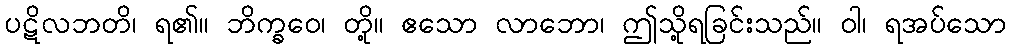
ပဋိလဘတိ၊ ရ၏။ ဘိက္ခဝေ၊ တို့။ ဧသော လာဘော၊ ဤသို့ရခြင်းသည်။ ဝါ၊ ရအပ်သော